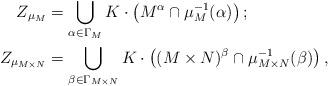
LaTeX: \begin{align*}Z_{\mu_M} &= \bigcup_{\alpha \in \Gamma_M} K\cdot \left( M^{\alpha} \cap \mu_M^{-1}(\alpha)\right); \\Z_{\mu_{M\times N}} &= \bigcup_{\beta \in \Gamma_{M\times N}} K\cdot \left( (M\times N)^{\beta} \cap \mu_{M\times N}^{-1}(\beta)\right) ,\end{align*}